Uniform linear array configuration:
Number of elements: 12
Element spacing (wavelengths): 0.25
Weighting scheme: binomial
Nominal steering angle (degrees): -15
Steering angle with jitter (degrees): -16.685
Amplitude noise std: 0.05
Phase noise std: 0.05

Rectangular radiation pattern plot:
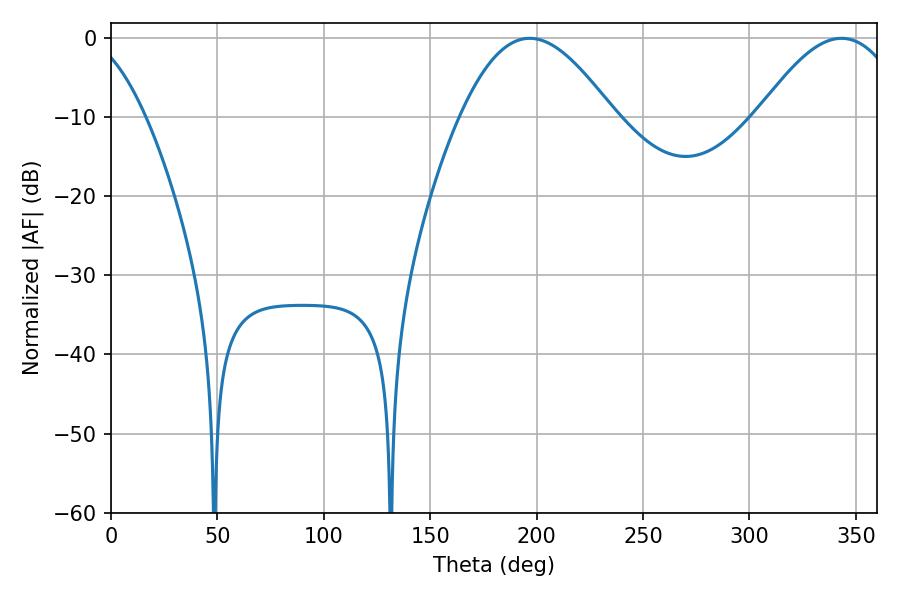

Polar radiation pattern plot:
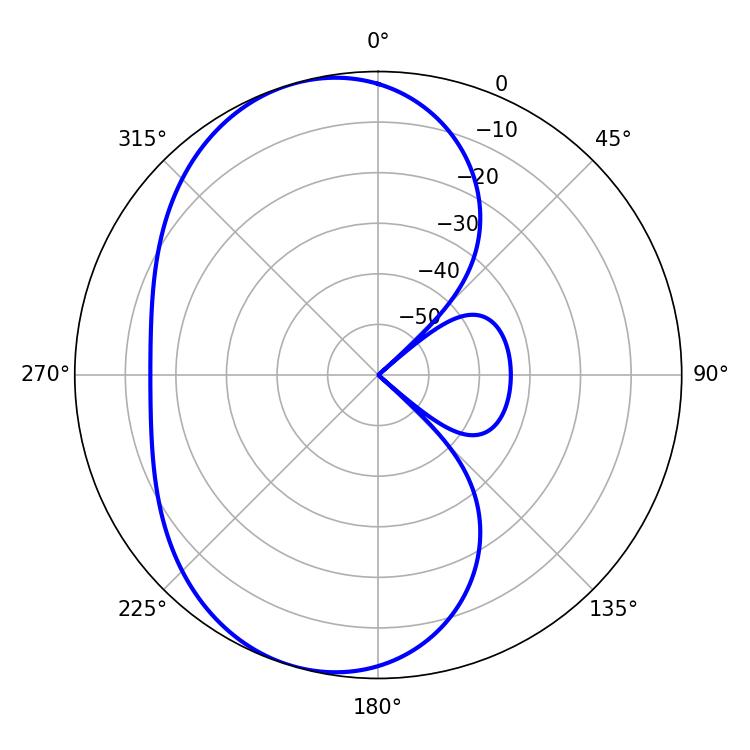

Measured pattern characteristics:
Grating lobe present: FALSE
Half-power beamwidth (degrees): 38.88
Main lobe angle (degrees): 196.74